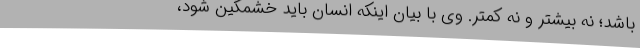
باشد؛ نه بیشتر و نه کمتر. وی با بیان اینکه انسان باید خشمگین شود،